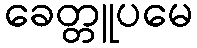
ခေတ္တူပမေ